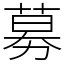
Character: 募